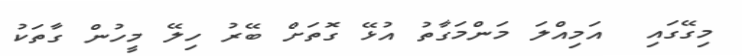
މިގޭގައި  އަމިއްލަ މަންމަގާތު އުޅޭ ގޮތަށް ބޭރު ހިލޭ މީހުން ގާތަކު